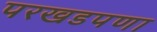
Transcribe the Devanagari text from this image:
परखडपणा